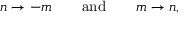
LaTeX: n \rightarrow - m \qquad \mathrm { a n d } \qquad m \rightarrow n ,